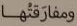
ومفارقتها